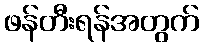
ဖန်တီးရန်အတွက်